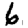
Digit: 6